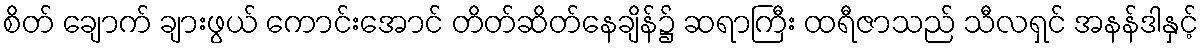
စိတ် ချောက် ချားဖွယ် ကောင်းအောင် တိတ်ဆိတ်နေချိန်၌ ဆရာကြီး ထရီဇာသည် သီလရှင် အနန်ဒါနှင့်